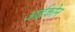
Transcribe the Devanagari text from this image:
आईकोन